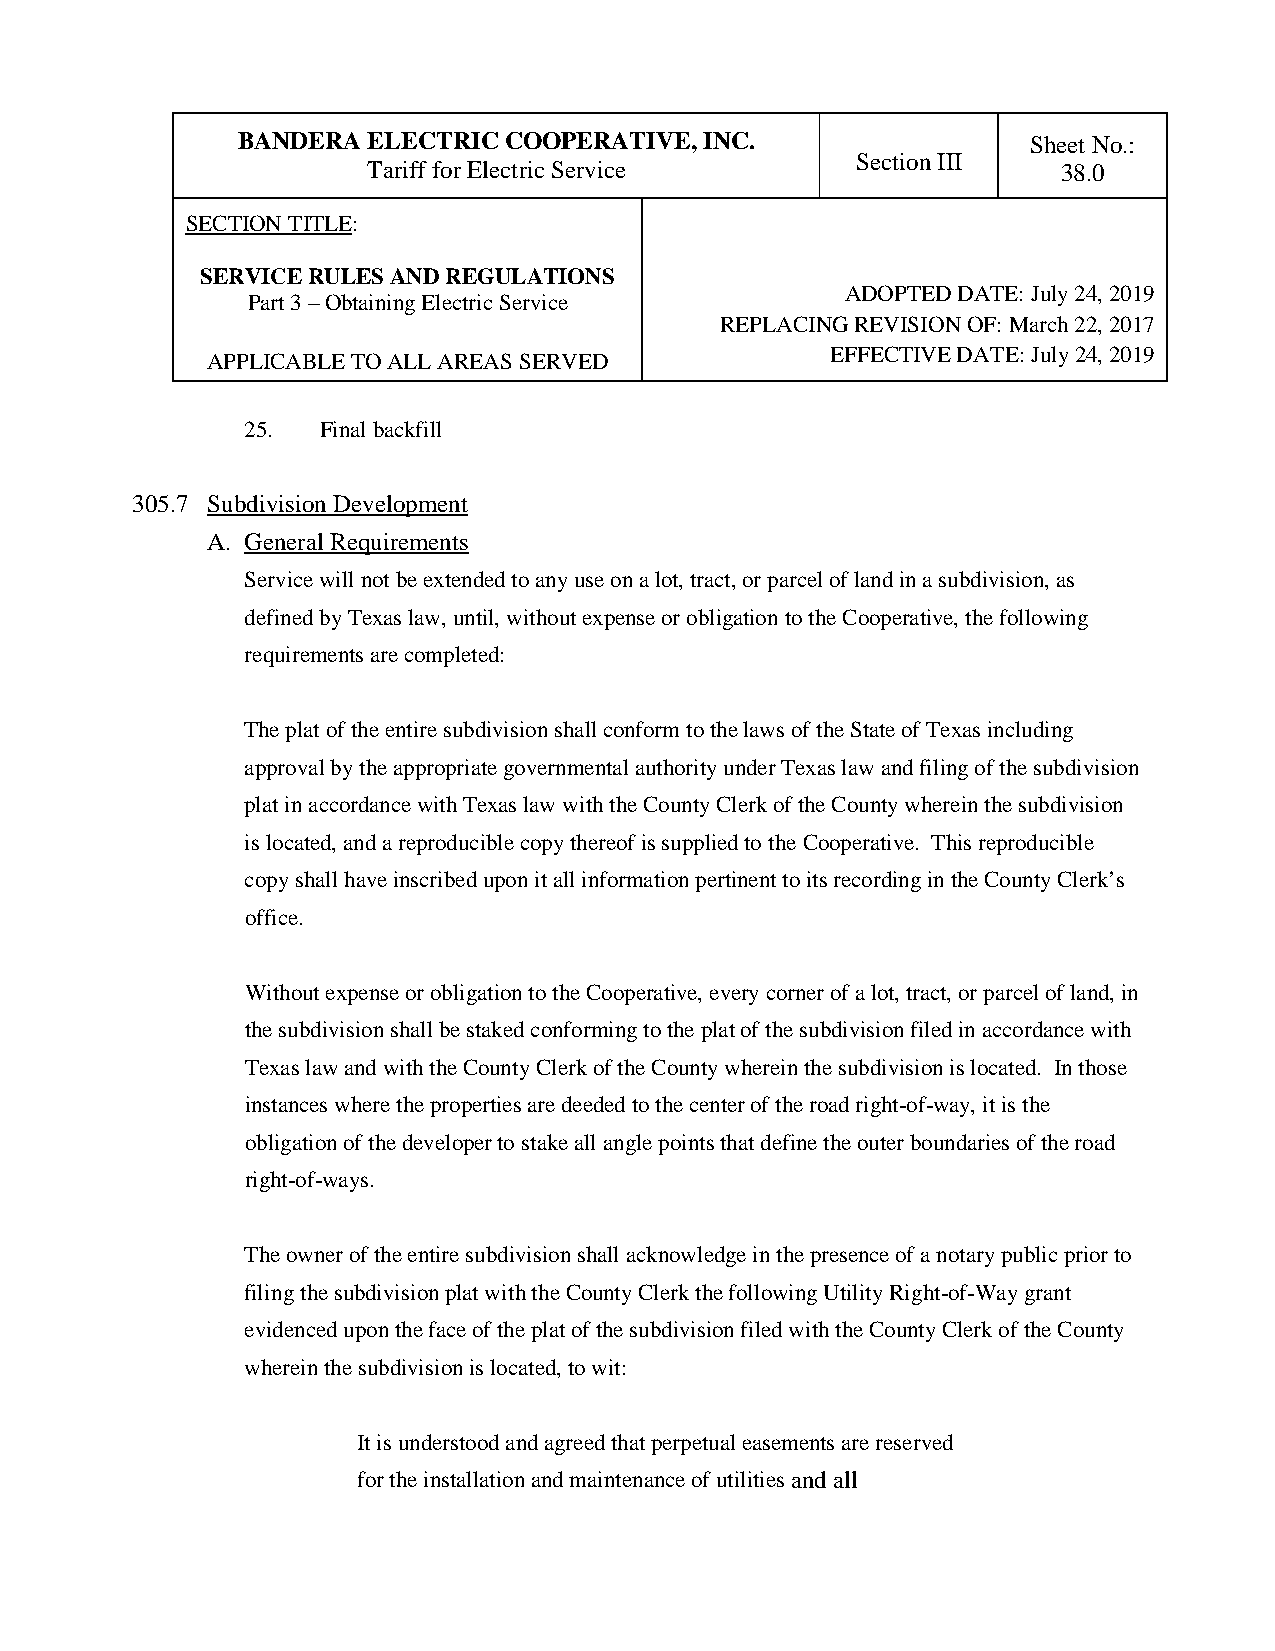
BANDERA ELECTRIC COOPERATIVE,  INC.                 Sheet No.:
 Section III
 Tariff for Electric Service                   38.0
 SECTION TITLE:
 SERVICE RULES AND REGULATIONS
 ADOPTED DATE: July 24, 2019
 Part 3 – Obtaining Electric Service
 REPLACING REVISION OF: March 22, 2017
 EFFECTIVE DATE: July 24, 2019
 APPLICABLE TO ALL AREAS SERVED
 25.  Final backfill
 305.7 Subdivision Development
 A. General Requirements
 Service will not be extended to any use on a lot, tract, or parcel of land in a subdivision, as
 defined by Texas law, until, without expense or obligation to the Cooperative, the following
 requirements are completed:
 The plat of the entire subdivision shall conform to the laws of the State of Texas including
 approval by the appropriate governmental authority under Texas law and filing of the subdivision
 plat in accordance with Texas law with the County Clerk of the County wherein the subdivision
 is located, and a reproducible copy thereof is supplied to the Cooperative. This reproducible
 copy shall have inscribed upon it all information pertinent to its recording in the County Clerk’s
 office.
 Without expense or obligation to the Cooperative, every corner of a lot, tract, or parcel of land, in
 the subdivision shall be staked conforming to the plat of the subdivision filed in accordance with
 Texas law and with the County Clerk of the County wherein the subdivision is located. In those
 instances where the properties are deeded to the center of the road right-of-way, it is the
 obligation of the developer to stake all angle points that define the outer boundaries of the road
 right-of-ways.
 The owner of the entire subdivision shall acknowledge in the presence of a notary public prior to
 filing the subdivision plat with the County Clerk the following Utility Right-of-Way grant
 evidenced upon the face of the plat of the subdivision filed with the County Clerk of the County
 wherein the subdivision is located, to wit:
 It is understood and agreed that perpetual easements are reserved
 for the installation and maintenance of utilities and all